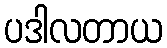
ပဒါလတာယ